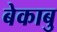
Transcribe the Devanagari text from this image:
बेकाबु